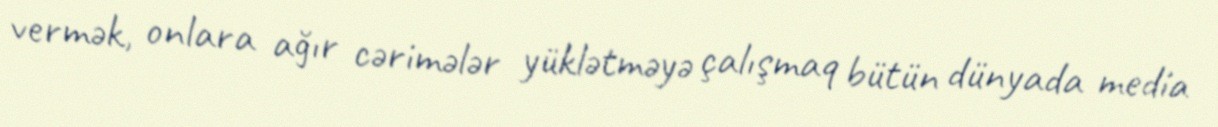
vermək, onlara ağır cərimələr yüklətməyə çalışmaq bütün dünyada media